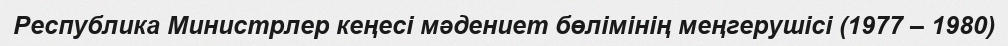
Республика Министрлер кеңесі мәдениет бөлімінің меңгерушісі (1977 – 1980)